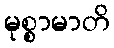
မုစ္စာမာတိ